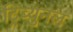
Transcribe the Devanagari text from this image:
ट्रिब्युनल